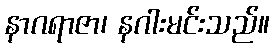
နာဂရာဇာ၊ နဂါးမင်းသည်။